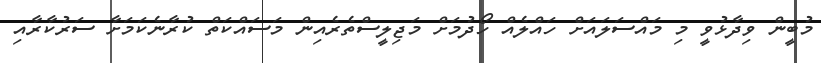
މުބީން ވިދާޅުވީ މި މައްސަލައަށް ހައްލެއް ހޯދުމަށް މަޖިލީސްތެރެއިން މަސައްކަތް ކުރާނެކަމަށާ ސަރުކާރާއި